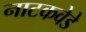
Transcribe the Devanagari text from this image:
नाटकवेडे